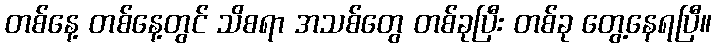
တစ်နေ့ တစ်နေ့တွင် သိစရာ အသစ်တွေ တစ်ခုပြီး တစ်ခု တွေ့နေရပြီ။